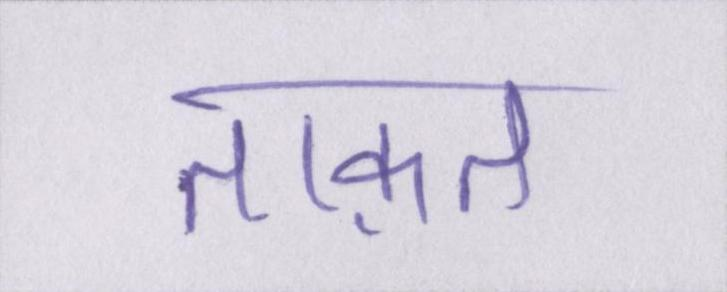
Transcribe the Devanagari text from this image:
ताक़त